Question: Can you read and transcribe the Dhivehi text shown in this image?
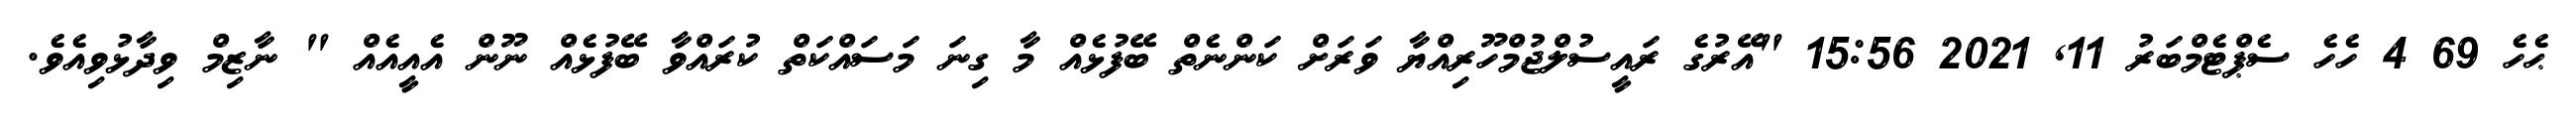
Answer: ޙެހެ 69 4 ހެހެ ސެޕްޓެމްބަރު 11, 2021 15:56 "އޭރުގެ ރައީސުލްޖުމްހޫރިއްޔާ ވަރަށް ކަންނެތް ބޭފުޅެއް މާ ގިނަ މަސައްކަތް ކުރައްވާ ބޭފުޅެއް ނޫން އެއީއެއް " ނާޒިމް ވިދާޅުވިއެވެ.